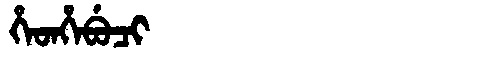
Manchu: ᡥᡝᡨᡥᡝᠪᡠᠴᡳ
Romanization: HETHEBUCI